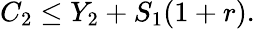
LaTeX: C_{2}\leq Y_{2}+S_{1}(1+r).